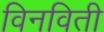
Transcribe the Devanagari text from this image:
विनविती